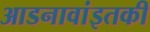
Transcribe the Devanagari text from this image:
आडनावांइतकी